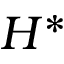
H ^ { * }